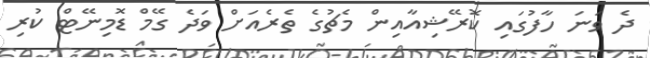
ދެ ވަނަ ހާފުގައި ކޮރޭޝިއާއިން މެޗުގެ ތެރެއަށް ވަދެ ގޭމް ޑޮމިނޭޓް ކުރި